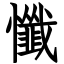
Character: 懺